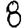
Digit: 8